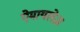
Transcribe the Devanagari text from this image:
ऐमायलेज़